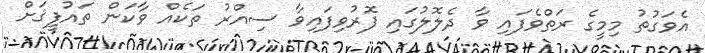
އެވަގުތު މިމީގެ ރަތްވެފައި ވާ ދެލޮލުގައި ފޮރުވިފައިވާ ސިއްރު ތަކެއް ވާކަން ތައުފީޤަށް